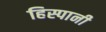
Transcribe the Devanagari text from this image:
हिस्पानी